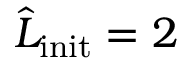
\widehat { L } _ { \mathrm { i n i t } } = 2